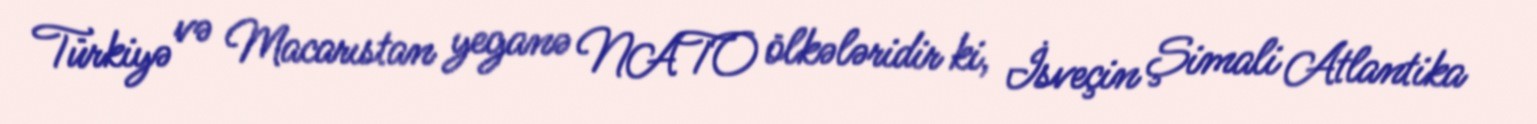
Türkiyə və Macarıstan yeganə NATO ölkələridir ki, İsveçin Şimali Atlantika